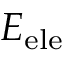
E _ { \mathrm { e l e } }